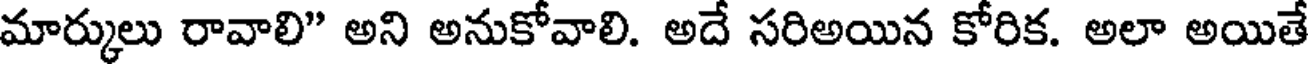
మార్కులు రావాలి" అని అనుకోవాలి. అదే సరిఅయిన కోరిక. అలా అయితే